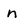
Character: n